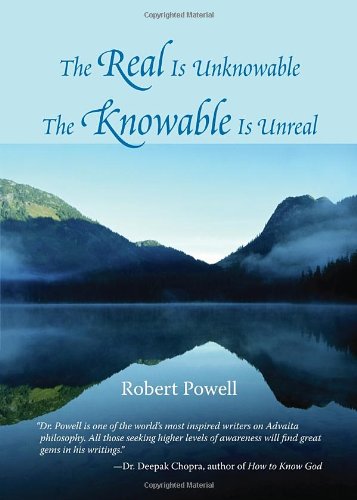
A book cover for The Real Is Unknowable, The Knowable Is Unreal; Robert Powell; Religion & Spirituality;